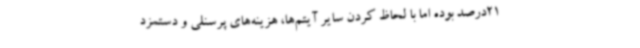
21درصد بوده اما با لحاظ کردن سایر آیتم‌ها، هزینه‌های پرسنلی و دستمزد